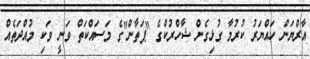
އާރްޔަން ހައްޔަރު ކުރުމާ ގުޅިގެން ޝާހްރުކްގެ "ޕަތާން"ގެ މަސައްކަތް ވަނީ ވަކި މުއްދަތެއް